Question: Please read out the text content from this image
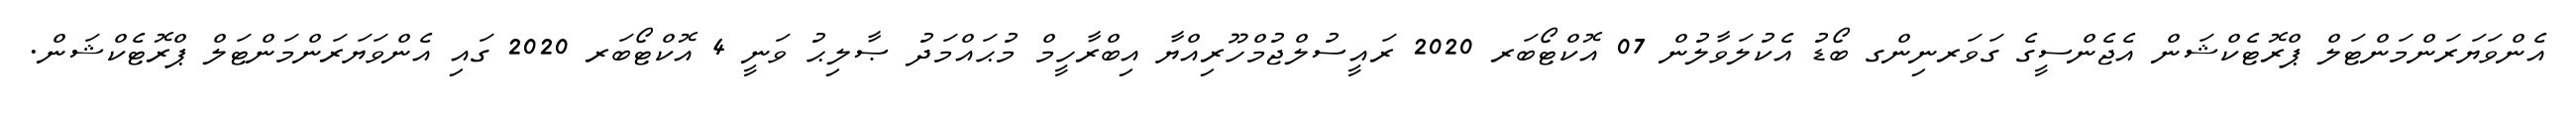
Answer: އެންވަޔަރަންމަންޓަލް ޕްރޮޓެކްޝަން އެޖެންސީގެ ގަވަރނިންގ ބޯޑު އެކުލަވާލުން 07 އޮކްޓޯބަރ 2020 ރައީސުލްޖުމްހޫރިއްޔާ އިބްރާހީމް މުޙައްމަދު ޞާލިޙު ވަނީ 4 އޮކްޓޯބަރ 2020 ގައި އެންވަޔަރަންމަންޓަލް ޕްރޮޓެކްޝަން.